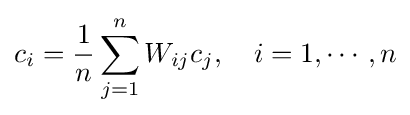
c_{i}={\dfrac {1}{n}}\sum _{j=1}^{n}W_{ij}c_{j},\,\,\,\,\,\,i=1,\cdots ,n